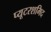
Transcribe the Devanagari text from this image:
प्यूटरशमिद